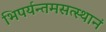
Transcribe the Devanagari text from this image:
भिपर्यन्तमसत्स्थानं